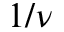
1 / \nu